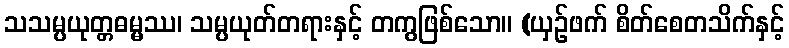
သသမ္ပယုတ္တဓမ္မဿ၊ သမ္ပယုတ်တရားနှင့် တကွဖြစ်သော။ (ယှဉ်ဖက် စိတ်စေတသိက်နှင့်